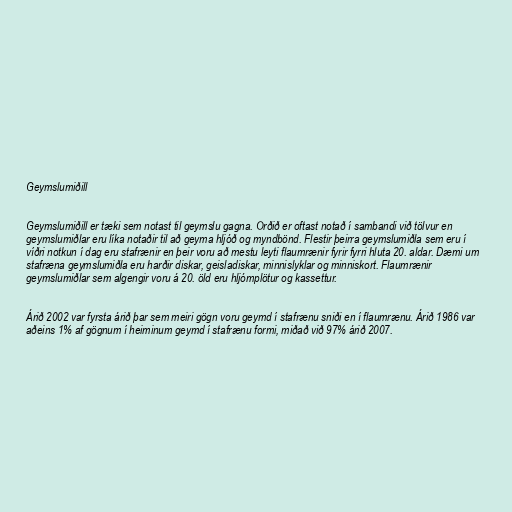
Geymslumiðill

Geymslumiðill er tæki sem notast til geymslu gagna. Orðið er oftast notað í sambandi við tölvur en
geymslumiðlar eru líka notaðir til að geyma hljóð og myndbönd. Flestir þeirra geymslumiðla sem eru í
víðri notkun í dag eru stafrænir en þeir voru að mestu leyti flaumrænir fyrir fyrri hluta 20. aldar. Dæmi um
stafræna geymslumiðla eru harðir diskar, geisladiskar, minnislyklar og minniskort. Flaumrænir
geymslumiðlar sem algengir voru á 20. öld eru hljómplötur og kassettur.

Árið 2002 var fyrsta árið þar sem meiri gögn voru geymd í stafrænu sniði en í flaumrænu. Árið 1986 var
aðeins 1% af gögnum í heiminum geymd í stafrænu formi, miðað við 97% árið 2007.